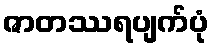
ဇာတဿရပျက်ပုံ